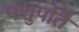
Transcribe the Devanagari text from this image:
पशुपतिं